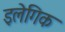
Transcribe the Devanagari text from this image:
इलेगिक